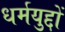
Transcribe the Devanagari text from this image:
धर्मयुद्दों